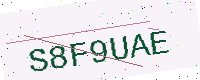
Text: S8F9UAE